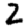
Digit: 2